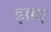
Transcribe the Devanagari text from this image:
झाद